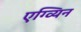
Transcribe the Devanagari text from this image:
एग्व्यिन